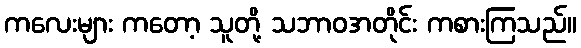
ကလေးများ ကတော့ သူတို့ သဘာဝအတိုင်း ကစားကြသည်။